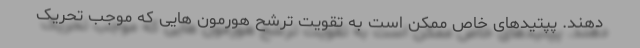
دهند. پپتیدهای خاص ممکن است به تقویت ترشح هورمون هایی که موجب تحریک